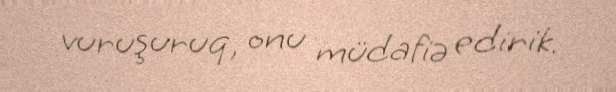
vuruşuruq, onu müdafiə edirik.